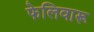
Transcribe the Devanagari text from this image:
फेलिवारू